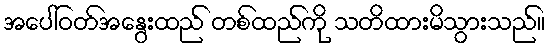
အပေါ်ဝတ်အနွေးထည် တစ်ထည်ကို သတိထားမိသွားသည်။